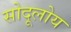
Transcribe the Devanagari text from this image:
सोदूलोय